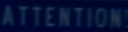
ATTENTION